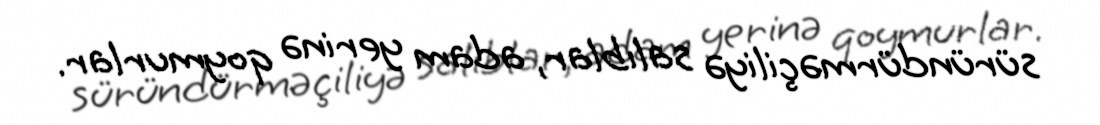
süründürməçiliyə salıblar, adam yerinə qoymurlar.